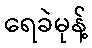
ရေခဲမုန့်